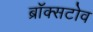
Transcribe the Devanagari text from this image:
ब्रॉक्सटोव